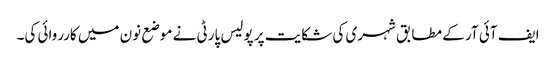
ایف آئی آر کے مطابق شہری کی شکایت پر پولیس پارٹی نے موضع نون میں کارروائی کی۔